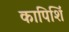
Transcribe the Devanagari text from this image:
कापिशिं